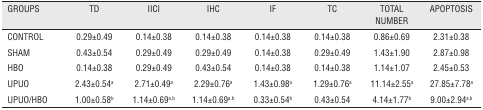
| GROUPS | TD | IICI | IHC | IF | TC | TOTAL NUMBER | APOPTOSIS |
 | --- | --- | --- | --- | --- | --- | --- | --- |
 | CONTROL | 0.29±0.49 | 0.14±0.38 | 0.14±0.38 | 0.14±0.38 | 0.14±0.38 | 0.86±0.69 | 2.31±0.38 |
 | SHAM | 0.43±0.54 | 0.29±0.49 | 0.29±0.49 | 0.14±0.38 | 0.29±0.49 | 1.43±1.90 | 2.87±0.98 |
 | HBO | 0.14±0.38 | 0.29±0.49 | 0.43±0.54 | 0.14±0.38 | 0.14±0.38 | 1.14±1.07 | 2.45±0.53 |
 | UPUO | 2.43±0.54a | 2.71±0.49a | 2.29±0.76a | 1.43±0.98a | 1.29±0.76a | 11.14±2.55a | 27.85±7.78a |
 | UPUO/HBO | 1.00±0.58b | 1.14±0.69a,b | 1.14±0.69a,b | 0.33±0.54b | 0.43±0.54 | 4.14±1.77b | 9.00±2.94a,b |